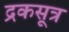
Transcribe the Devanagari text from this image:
द्रकसूत्र